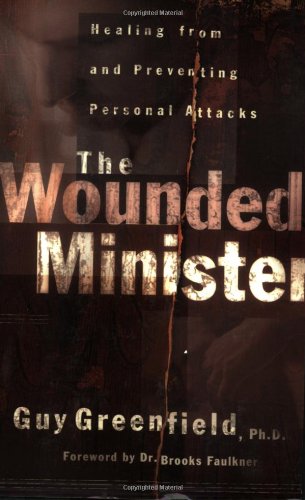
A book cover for The Wounded Minister: Healing from and Preventing Personal Attacks; Guy Greenfield; Christian Books & Bibles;